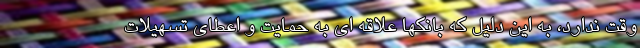
وقت ندارد، به این دلیل که بانکها علاقه ای به حمایت و اعطای تسهیلات